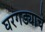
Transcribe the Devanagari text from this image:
घरगड्याचे